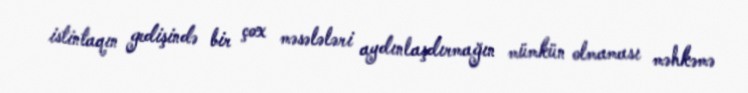
istintaqın gedişində bir çox məsələləri aydınlaşdırmağın mümkün olmaması məhkəmə